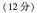
(12分)